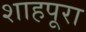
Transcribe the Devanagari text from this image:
शाहपूरा